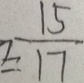
= \frac { 1 5 } { 1 7 }